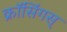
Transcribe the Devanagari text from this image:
क्रॉसिंगस्